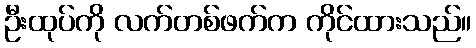
ဦးထုပ်ကို လက်တစ်ဖက်က ကိုင်ထားသည်။